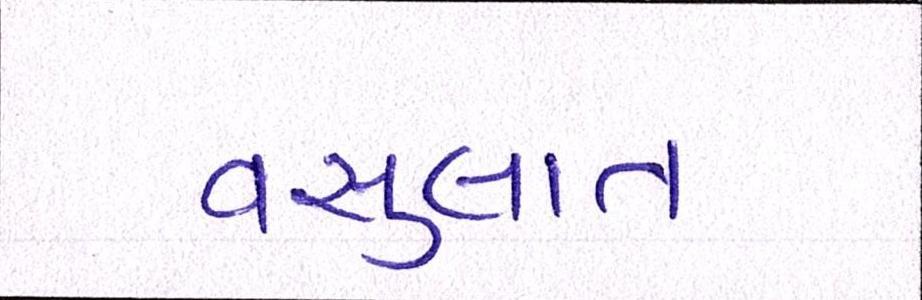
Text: વસુલાત